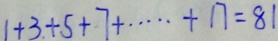
1 + 3 + 5 + 7 + \cdots + 1 7 = 8 1